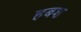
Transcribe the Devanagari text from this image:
हबश